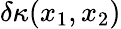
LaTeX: \delta\kappa(x_{1},x_{2})